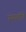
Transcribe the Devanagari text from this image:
ग्रंथालीचे